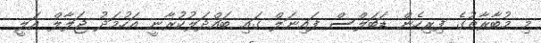
މި މުބާރާތުގެ ފިރިހެން ޑަބަލްސް ފައިނަލް ގައި ބައްދަލުކުރާނީ އަހުމަދު ޖަލާލް އަލީ